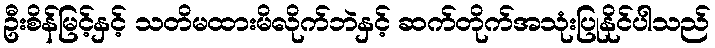
ဦးစိန်မြင့်နှင့် သတိမထားမိလိုက်ဘဲနှင့် ဆက်တိုက်အသုံးပြုနိုင်ပါသည်